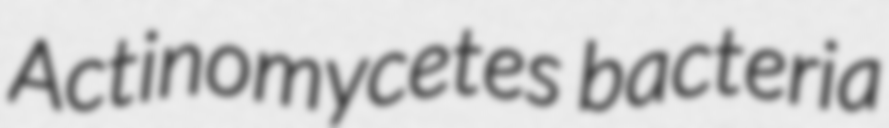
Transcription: Actinomycetes bacteria